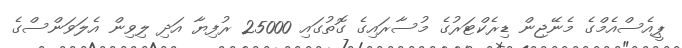
ޕީއެސްއެމްގެ މެނޭޖިން ޑިރެކްޓަރުގެ މުސާރައިގެ ގޮތުގައި 25000 ރުފިޔާ އަދި ލިވިން އެލަވަންސްގެ